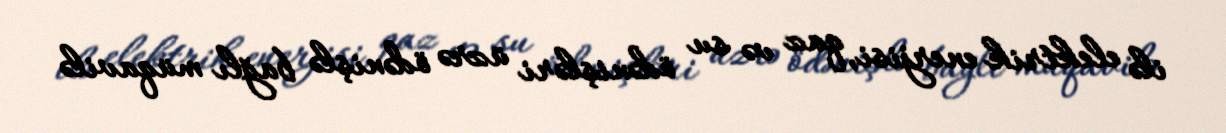
ilə elektrik enerjisi, qaz və su ödənişləri üzrə ödənişlə bağlı müqavilə